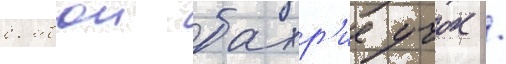
бомбои бахр'ие учок /